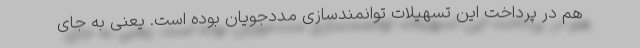
هم در پرداخت این تسهیلات توانمندسازی مددجویان بوده است. یعنی به جای